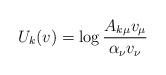
LaTeX: \begin{align*}U_k(v)=\log \frac{A_{k\mu} v_\mu}{\alpha_\nu v_\nu} \end{align*}